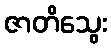
ဇာတိသွေး